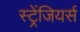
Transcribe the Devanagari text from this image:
स्ट्रेंजियर्स